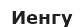
Иенгу